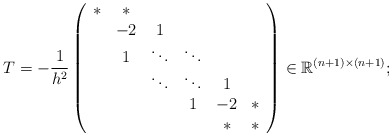
\begin{align*}T=-\frac{1}{h^2}\left(\begin{array}{cccccc}* & * & & & &\\* & -2 & 1 & & &\\& 1 & \ddots & \ddots & &\\&& \ddots & \ddots & 1 & \\&& & 1 & -2 & * \\&&& & * & *\\\end{array}\right)\in\mathbb{R}^{(n+1)\times (n+1)}; \end{align*}